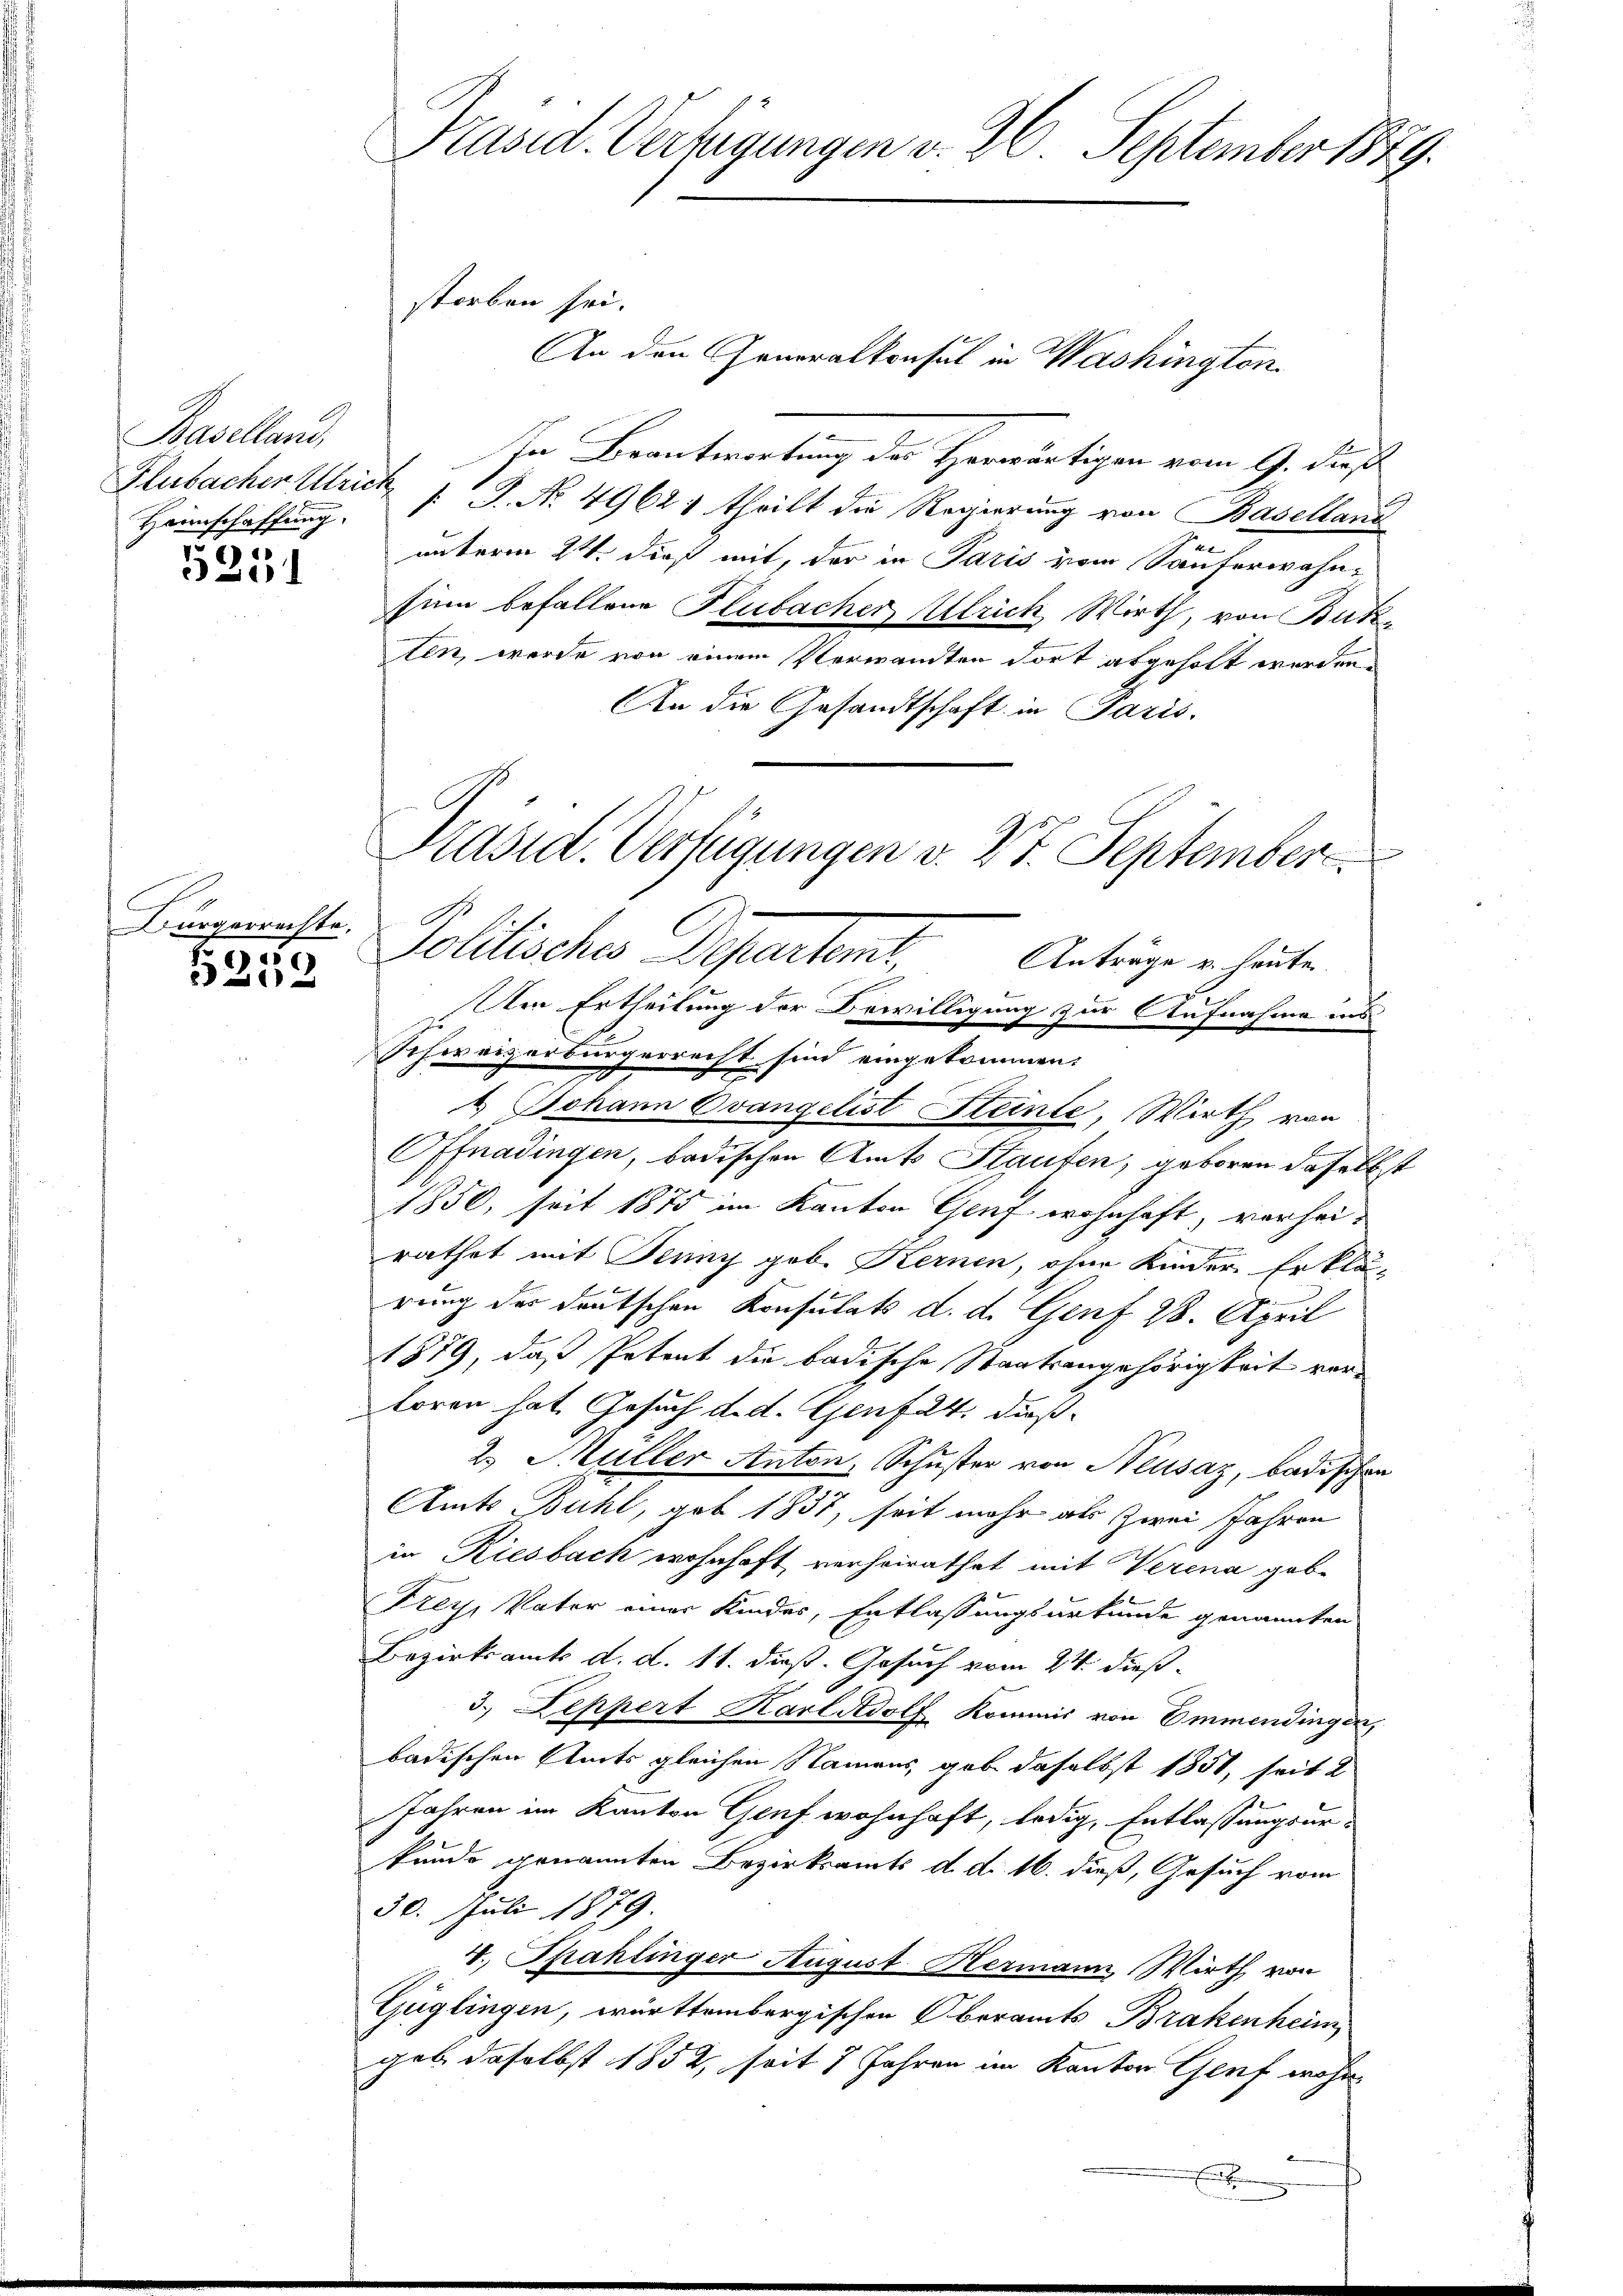
Baselland,
Heimschaffung

5251

A
Bürgerrechte.
55

202

Präsid. Verfügungen v. 26. September 1879.

An den Generalkonsul in Washington
In Beantwortung des Herwärtigen vom 9. dieß
Flubacher Ulrich P. Nr. 49624 theilt die Regierung von Baselland
unterm 24. dieß mit, der in Paris vom Säuferwähnsinn befallene Flubacher Ulrich, Wirth, von Buk
ten, werde von einem Verwandten dort abgeholt worden.
An die Gesandtschaft in Paris.
. Johann Ovangelist Steinte, Wirth von
Offnadingen, badischen Amts Staufen, geboren daselb
1850, seit 1875 im Kanton Genf wohnhaft, vorhei-
rathet mit Jenny gob. Kernen, ohne Kinder Erklä-
rung des deutschen Konsulats d. d. Genf 28. April
1879, daß Petent die badische Staatsangehörigkeit verloren hat. Gesuch d. d. Genf 24. dieß¬
2. Müller Anton, Schuster von Neusaz, badischen
Amts Bühl, geb 1835, seit mehr als Zwei Jahren
in Riesbach wohnhaft, verheirathet mit Verena geb.
Frey, Vater einer Kinder, Entlassungsurkunde genannten
Bezirksamts d. d. 11. dieß. Gesuch vom 27. dieß
3. Leppert Karl Adolf Kommis von Emmendingen,
badischen Amts gleichen Namens, gab daselbst 1851, seit 2
Jahren im Kanton Genf wohnhaft, ledig, Entlassungsur-
kunde genannten Bezirksamts d. d. 16. dieß, Gesuch vom
30. Juli 1879.
4. Spahlinger August Hermann Wirth von
Güglingen, württembergischen Oberamts Brakenheim
geb. daselbst 1852, seit 7 Jahren im Kanton Genf wohn

storben sei.

Präsid. Verfügungen v. 27. September
Solitisches Departen,
Anträge u. heute.
x
Um Ertheilung der Bewilligung zur Aufnahme ins
Schweizerbürgerrecht sind eingekommen.

E